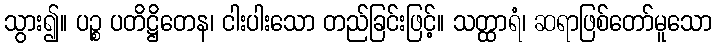
သွား၍။ ပဉ္စ ပတိဋ္ဌိတေန၊ ငါးပါးသော တည်ခြင်းဖြင့်။ သတ္ထာရံ၊ ဆရာဖြစ်တော်မူသော